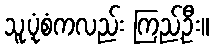
သူ့ပုံစံကလည်း ကြည့်ဦး။